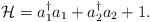
LaTeX: \begin{align*}\mathcal{H}=a_1^{\dagger}a_1+a_{2}^{\dagger}a_2+1.\end{align*}